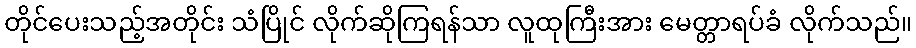
တိုင်ပေးသည့်အတိုင်း သံပြိုင် လိုက်ဆိုကြရန်သာ လူထုကြီးအား မေတ္တာရပ်ခံ လိုက်သည်။